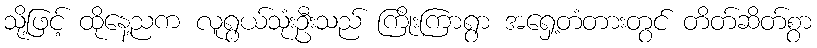
သို့ဖြင့် ထိုနေ့ညက လူရွယ်သုံးဦးသည် ကြိုးကြာရွာ အရှေ့တံတားတွင် တိတ်ဆိတ်စွာ